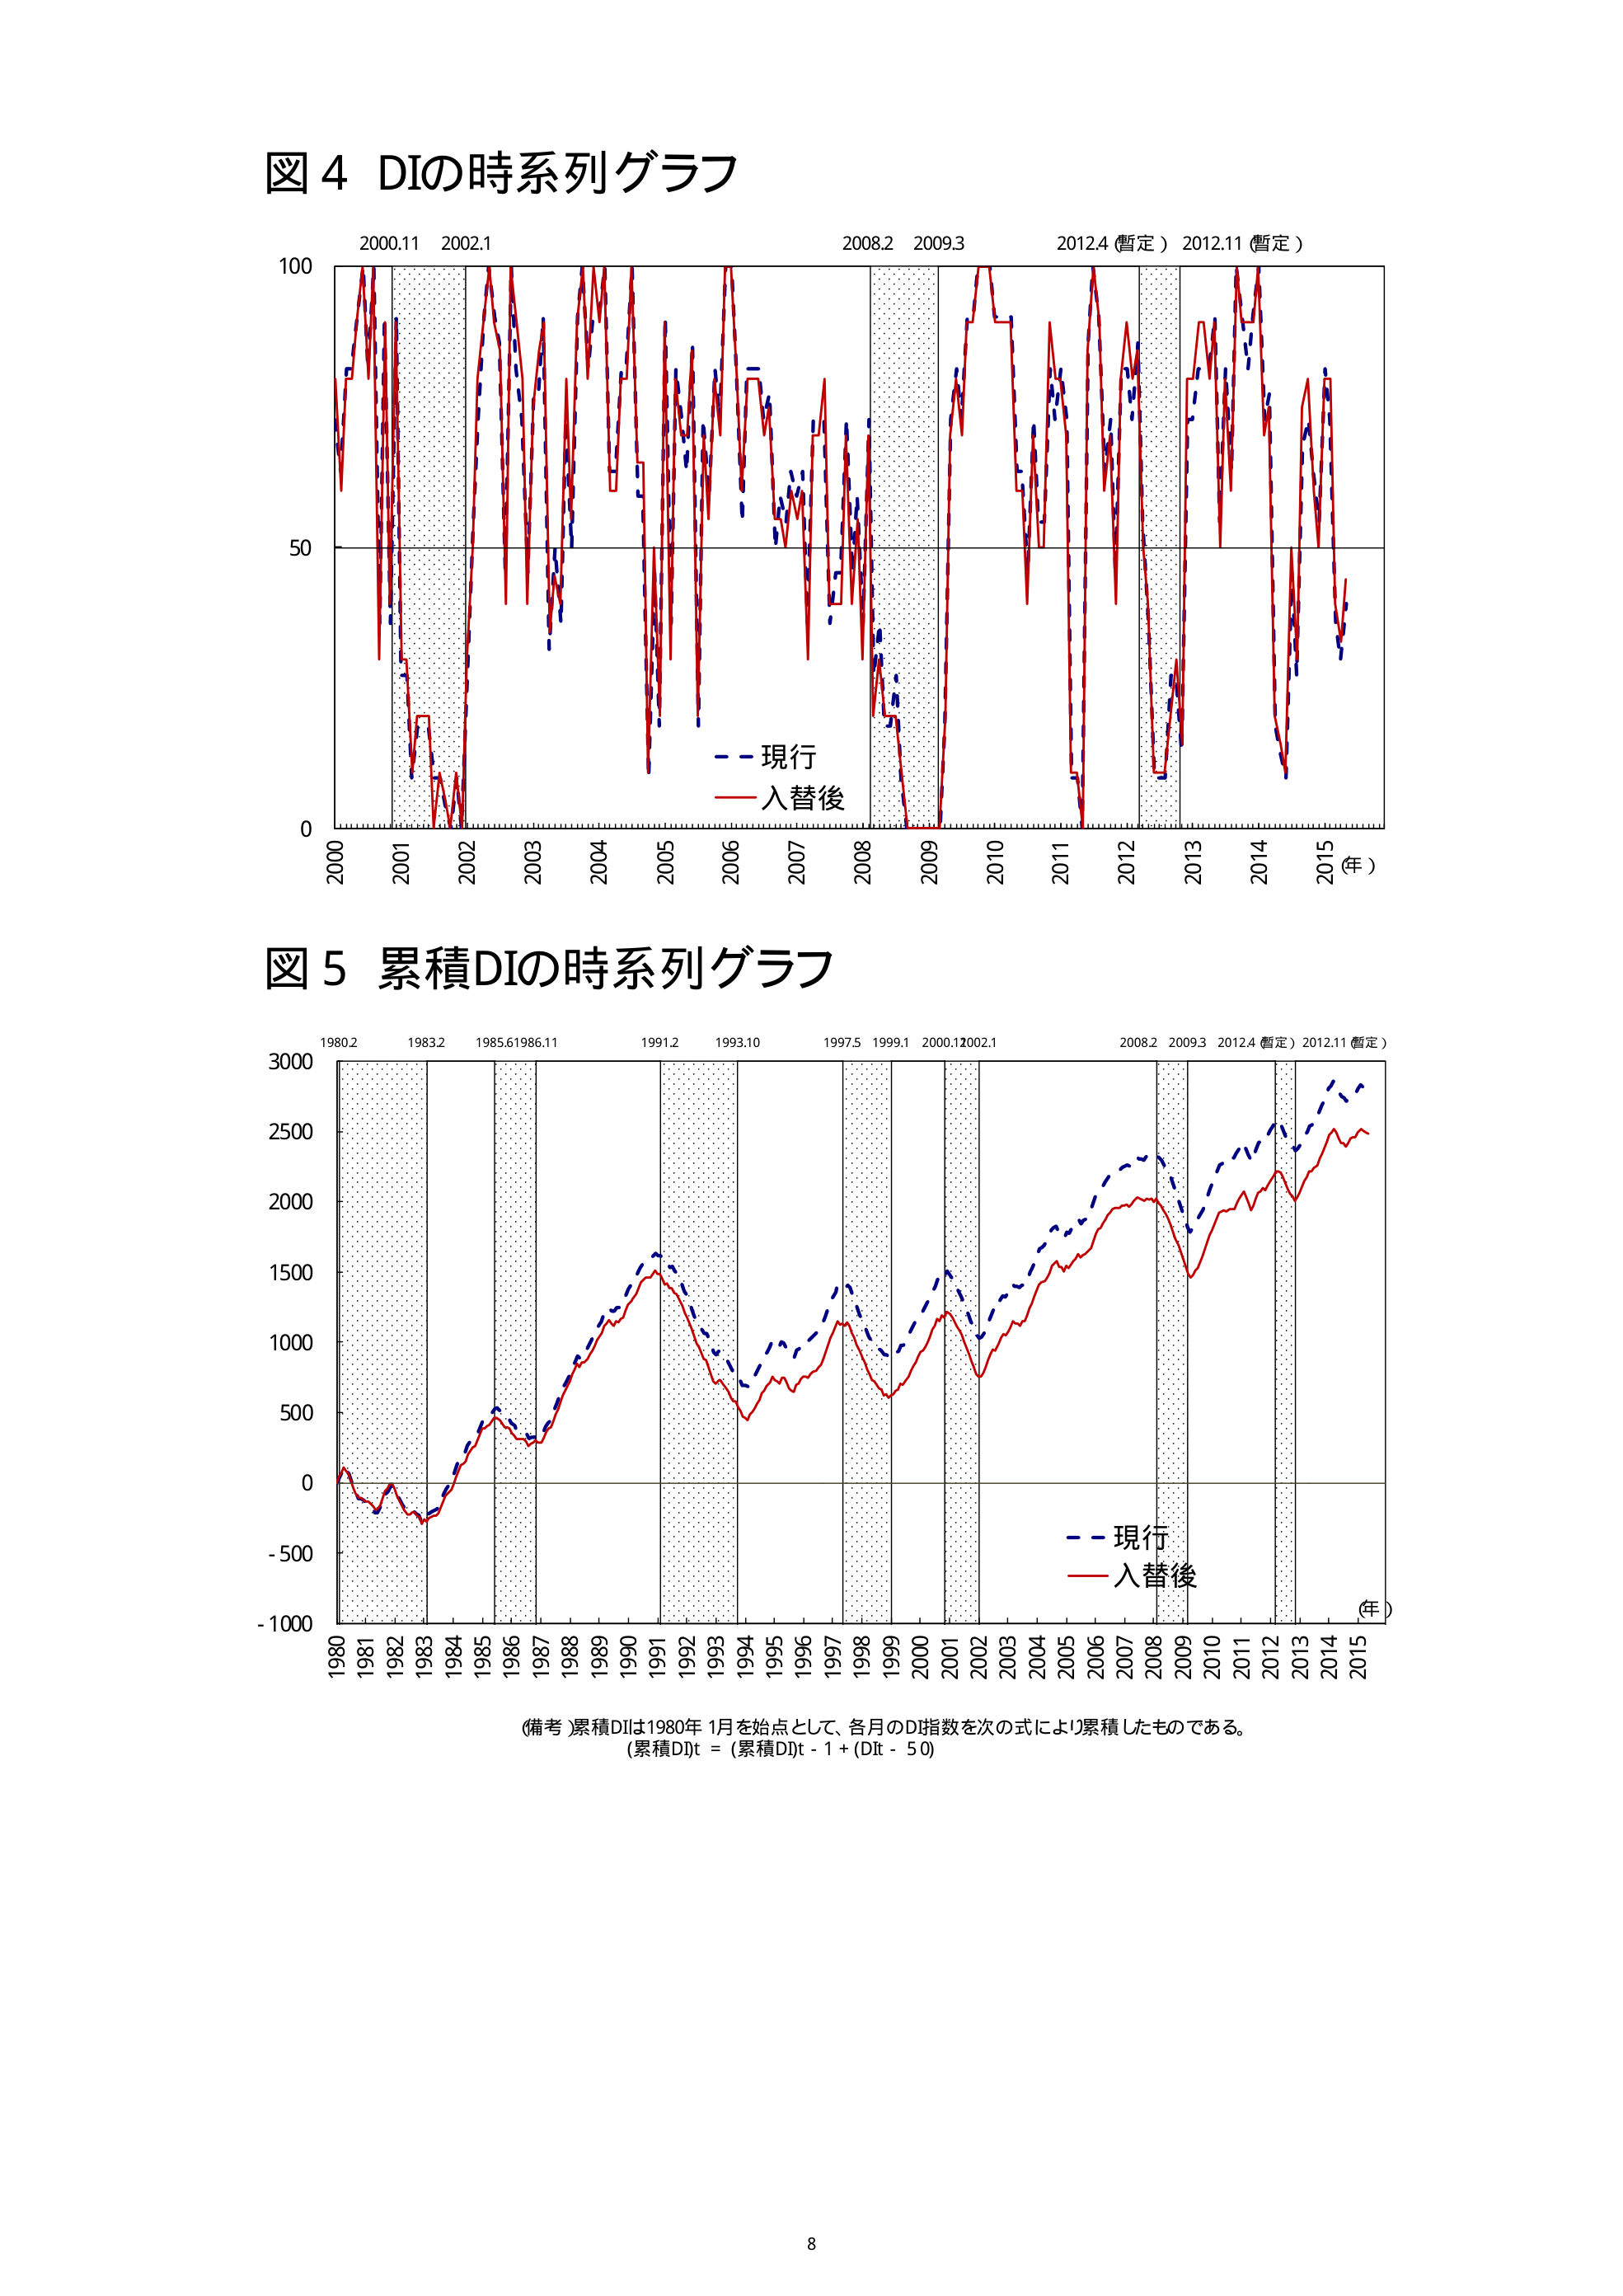
図４ DIの時系列グラフ
2000.11 2002.1
2008.2 2009.3
2012.4（暫定） 2012.11（暫定）
100
50
0
2000 2001 2002 2003 2004 2005 2006 2007 2008 2009 2010 2011 2012 2013 2014 2015（年）
－－現行
－－入替後

図５ 累積DIの時系列グラフ
1980.2 1983.2 1985.6 1986.11
1991.2 1993.10
1997.5 1999.1 2000.1 2002.1
2008.2 2009.3 2012.4（暫定） 2012.11（暫定）
3000
2500
2000
1500
1000
500
0
-500
-1000
1980 1981 1982 1983 1984 1985 1986 1987 1988 1989 1990 1991 1992 1993 1994 1995 1996 1997 1998 1999 2000 2001 2002 2003 2004 2005 2006 2007 2008 2009 2010 2011 2012 2013 2014 2015（年）
－－現行
－－入替後

（備考）累積DIは1980年1月を始点として、各月のD指数を次の式により累積したものである。
（累積DI）t = （累積DI）t-1 + （DI t - 50）

8